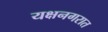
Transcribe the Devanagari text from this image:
यक्षनगरात